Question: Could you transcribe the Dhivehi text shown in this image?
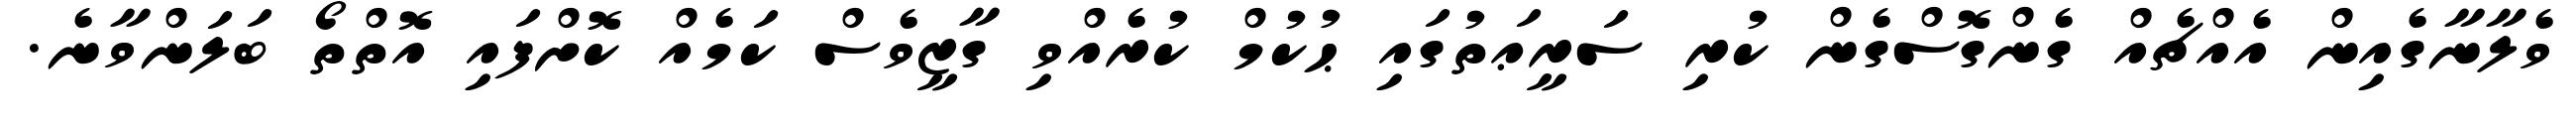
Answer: ވެލާނާގެއިން އެއްޗެއް ގެންގޮސްގެން ކުރި ސަރީޢަތުގައި ޙުކުމް ކުރެއްވި ގާޒީވެސް ކަމެއް ކޮށްފައި އޮތްތޯ ބަލަންވާނެ.